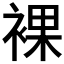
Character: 裸